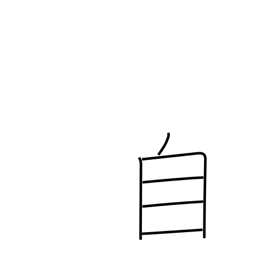
Meaning: oneself